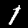
Digit: 1